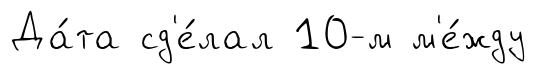
Да́та сд'е́лал 10-м м'е́жду